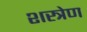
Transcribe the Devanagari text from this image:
शस्त्रेण